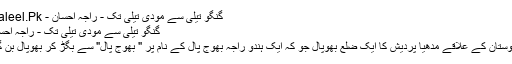
گنگو تیلی سے مودی تیلی تک - راجہ احسان - Daleel.Pk
گنگو تیلی سے مودی تیلی تک - راجہ احسان
ہندوستان کے علاقے مدھیا پردیش کا ایک ضلع بھوپال جو کہ ایک ہندو راجہ بھوج پال کے نام پر " بھوج پال" سے بگڑ کر بھوپال بن گیا۔